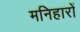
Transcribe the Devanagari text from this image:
मनिहारों